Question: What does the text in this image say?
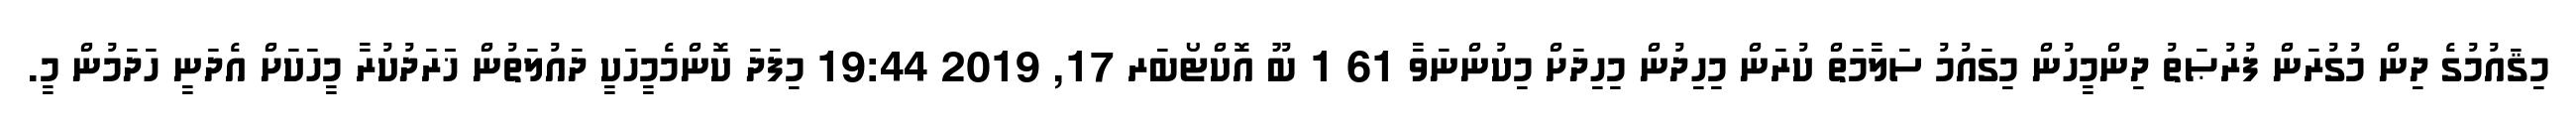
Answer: މިޤައުމުގެ ދިން މުގުރަން ފުރުޞަތު ދިންމީހުން މިގައުމު ސަލާމަތް ކުރަން މިހިދުން މިހިދަށް މިކުންނަވާ 61 1 ބޫ އޮކްޓޯބަރ 17, 2019 19:44 މިފަދަ ކޮންމެމީހަކީ ދައުލަތުން ޚަަރަދުކުރާ މީހަކަށް އެދަނީ ހަދަމުން މީ.